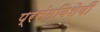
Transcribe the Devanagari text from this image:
प्रसंगविशेषीं